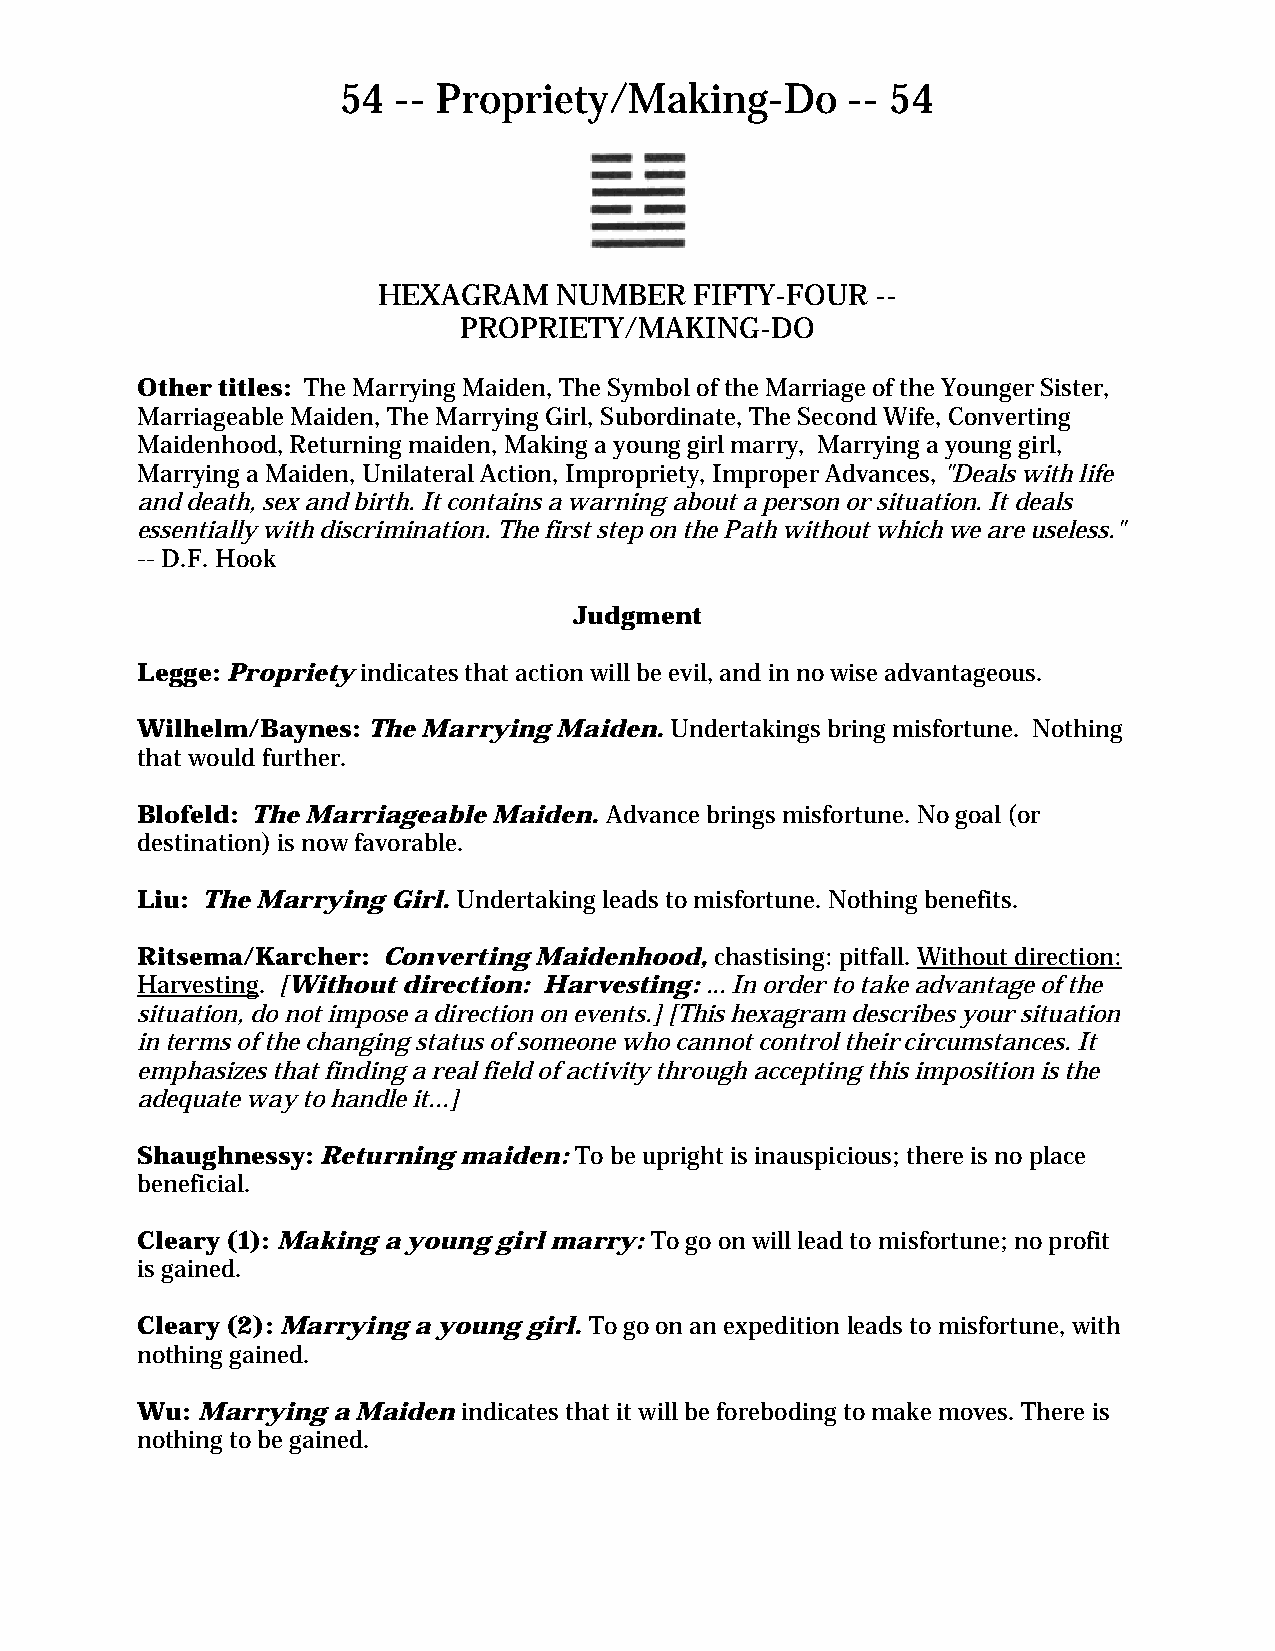
54  -- Propriety/Making-Do        -- 54
 HEXAGRAM    NUMBER   FIFTY-FOUR  --
 PROPRIETY/MAKING-DO
 Other titles: The Marrying Maiden, The Symbol of the Marriage of the Younger Sister,
 Marriageable Maiden, The Marrying Girl, Subordinate, The Second Wife, Converting
 Maidenhood, Returning maiden, Making a young girl marry, Marrying a young girl,
 Marrying a Maiden, Unilateral Action, Impropriety, Improper Advances, "Deals with life
 and death, sex and birth. It contains a warning about a person or situation. It deals
 essentially with discrimination. The first step on the Path without which we are useless."
 -- D.F. Hook
 Judgment
 Legge: Propriety indicates that action will be evil, and in no wise advantageous.
 Wilhelm/Baynes: The Marrying Maiden. Undertakings bring misfortune. Nothing
 that would further.
 Blofeld: The Marriageable Maiden. Advance brings misfortune. No goal (or
 destination) is now favorable.
 Liu: The Marrying Girl. Undertaking leads to misfortune. Nothing benefits.
 Ritsema/Karcher: Converting Maidenhood, chastising: pitfall. Without direction:
 Harvesting. [Without direction: Harvesting: ... In order to take advantage of the
 situation, do not impose a direction on events.] [This hexagram describes your situation
 in terms of the changing status of someone who cannot control their circumstances. It
 emphasizes that finding a real field of activity through accepting this imposition is the
 adequate way to handle it...]
 Shaughnessy: Returning maiden: To be upright is inauspicious; there is no place
 beneficial.
 Cleary (1): Making a young girl marry: To go on will lead to misfortune; no profit
 is gained.
 Cleary (2): Marrying a young girl. To go on an expedition leads to misfortune, with
 nothing gained.
 Wu: Marrying a Maiden indicates that it will be foreboding to make moves. There is
 nothing to be gained.